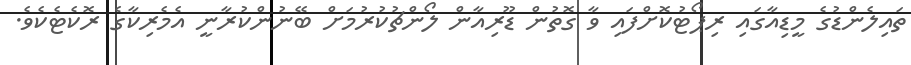
ތައިލެންޑުގެ މީޑިއާގައި ރިޕޯޓުކޮށްފައި ވާ ގޮތުން ޑޫރިއާން ލޯންޗުކުރުމަށް ބޭނުންކުރާނީ އެމެރިކާގެ ރޮކެޓެކެވެ.